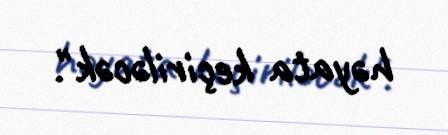
həyata keçiriləcək".